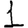
Digit: 1